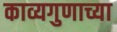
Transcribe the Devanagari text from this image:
काव्यगुणाच्या